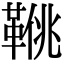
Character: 𩋍